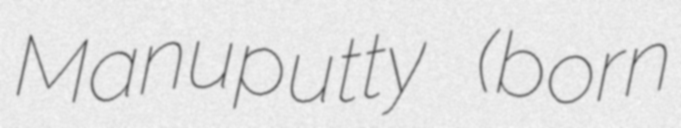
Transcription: Manuputty (born